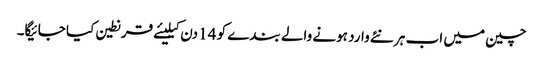
چین میں اب ہر نئے وارد ہونے والے بندے کو 14 دن کیلیئے قرنطین کیا جائیگا۔